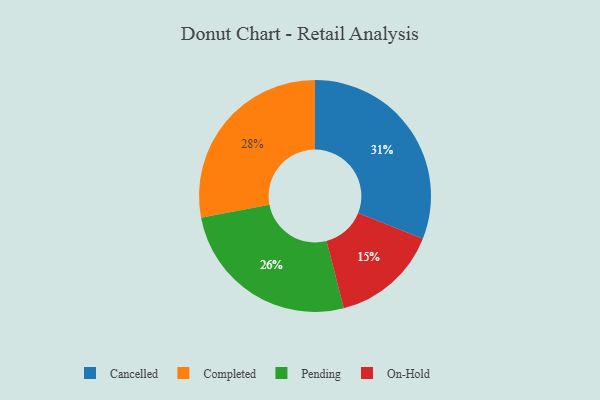
{"axis": {"x": "Category", "y": "Percentage"}, "legend": ["Cancelled", "Completed", "On-Hold", "Pending"], "data": [{"x": "On-Hold", "y": 15, "type": "On-Hold"}, {"x": "Completed", "y": 28, "type": "Completed"}, {"x": "Pending", "y": 26, "type": "Pending"}, {"x": "Cancelled", "y": 31, "type": "Cancelled"}]}